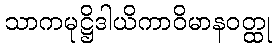
သာကမုဋ္ဌိဒါယိကာဝိမာနဝတ္ထု